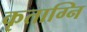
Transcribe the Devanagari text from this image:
कृताग्नि